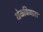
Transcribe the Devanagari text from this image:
खेळविणारा